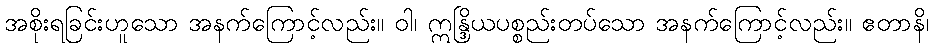
အစိုးရခြင်းဟူသော အနက်ကြောင့်လည်း။ ဝါ၊ ဣန္ဒြိယပစ္စည်းတပ်သော အနက်ကြောင့်လည်း။ ဧတာနိ၊